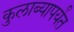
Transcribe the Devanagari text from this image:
कुलाब्यापर्यंत